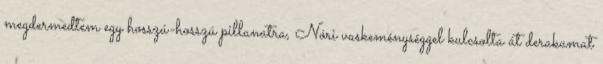
megdermedtem egy hosszú-hosszú pillanatra, Nóri vaskeménységgel kulcsolta át derakamat